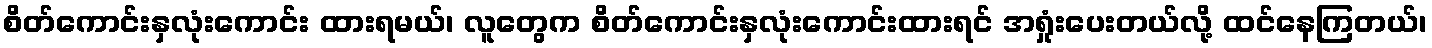
စိတ်ကောင်းနှလုံးကောင်း ထားရမယ်၊ လူတွေက စိတ်ကောင်းနှလုံးကောင်းထားရင် အရှုံးပေးတယ်လို့ ထင်နေကြတယ်၊